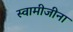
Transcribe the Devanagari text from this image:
स्वामीजीना